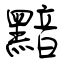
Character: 黯